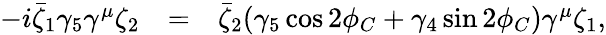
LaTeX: \begin{array}{lcl}{{-i\bar{\zeta}_{1}\gamma_{5}\gamma^{\mu}\zeta_{2}}}&{{=}}&{{\bar{\zeta}_{2}(\gamma_{5}\cos 2\phi_{C}+\gamma_{4}\sin 2\phi_{C})\gamma^{\mu}\zeta_{1},}}\end{array}